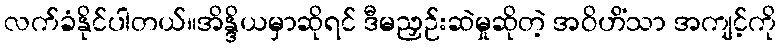
လက်ခံနိုင်ပါတယ်။အိန္ဒိယမှာဆိုရင် ဒီမညှဉ်းဆဲမှုဆိုတဲ့ အဝိဟိံသာ အကျင့်ကို